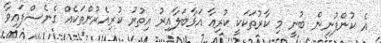
އެ ކުންފުނިން ބުނީ މި ކާރުތަކަކީ ކުރިއާ އަޅާބަލާއިރު އިތުރު ކުރިއެރުންތަކެއް ގެނެސްފައިވާ